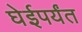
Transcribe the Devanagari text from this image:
घेईपर्यंत